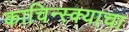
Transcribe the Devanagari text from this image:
काचिन्स्क्याचा